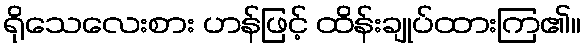
ရိုသေလေးစား ဟန်ဖြင့် ထိန်းချုပ်ထားကြ၏။